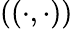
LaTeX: ((\cdot,\cdot))